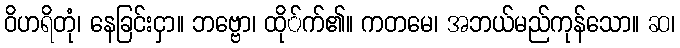
ဝိဟရိတုံ၊ နေခြင်းငှာ။ ဘဗ္ဗော၊ ထို်က်၏။ ကတမေ၊ အဘယ်မည်ကုန်သော။ ဆ၊